Voru_kinnistusamet, lk 18
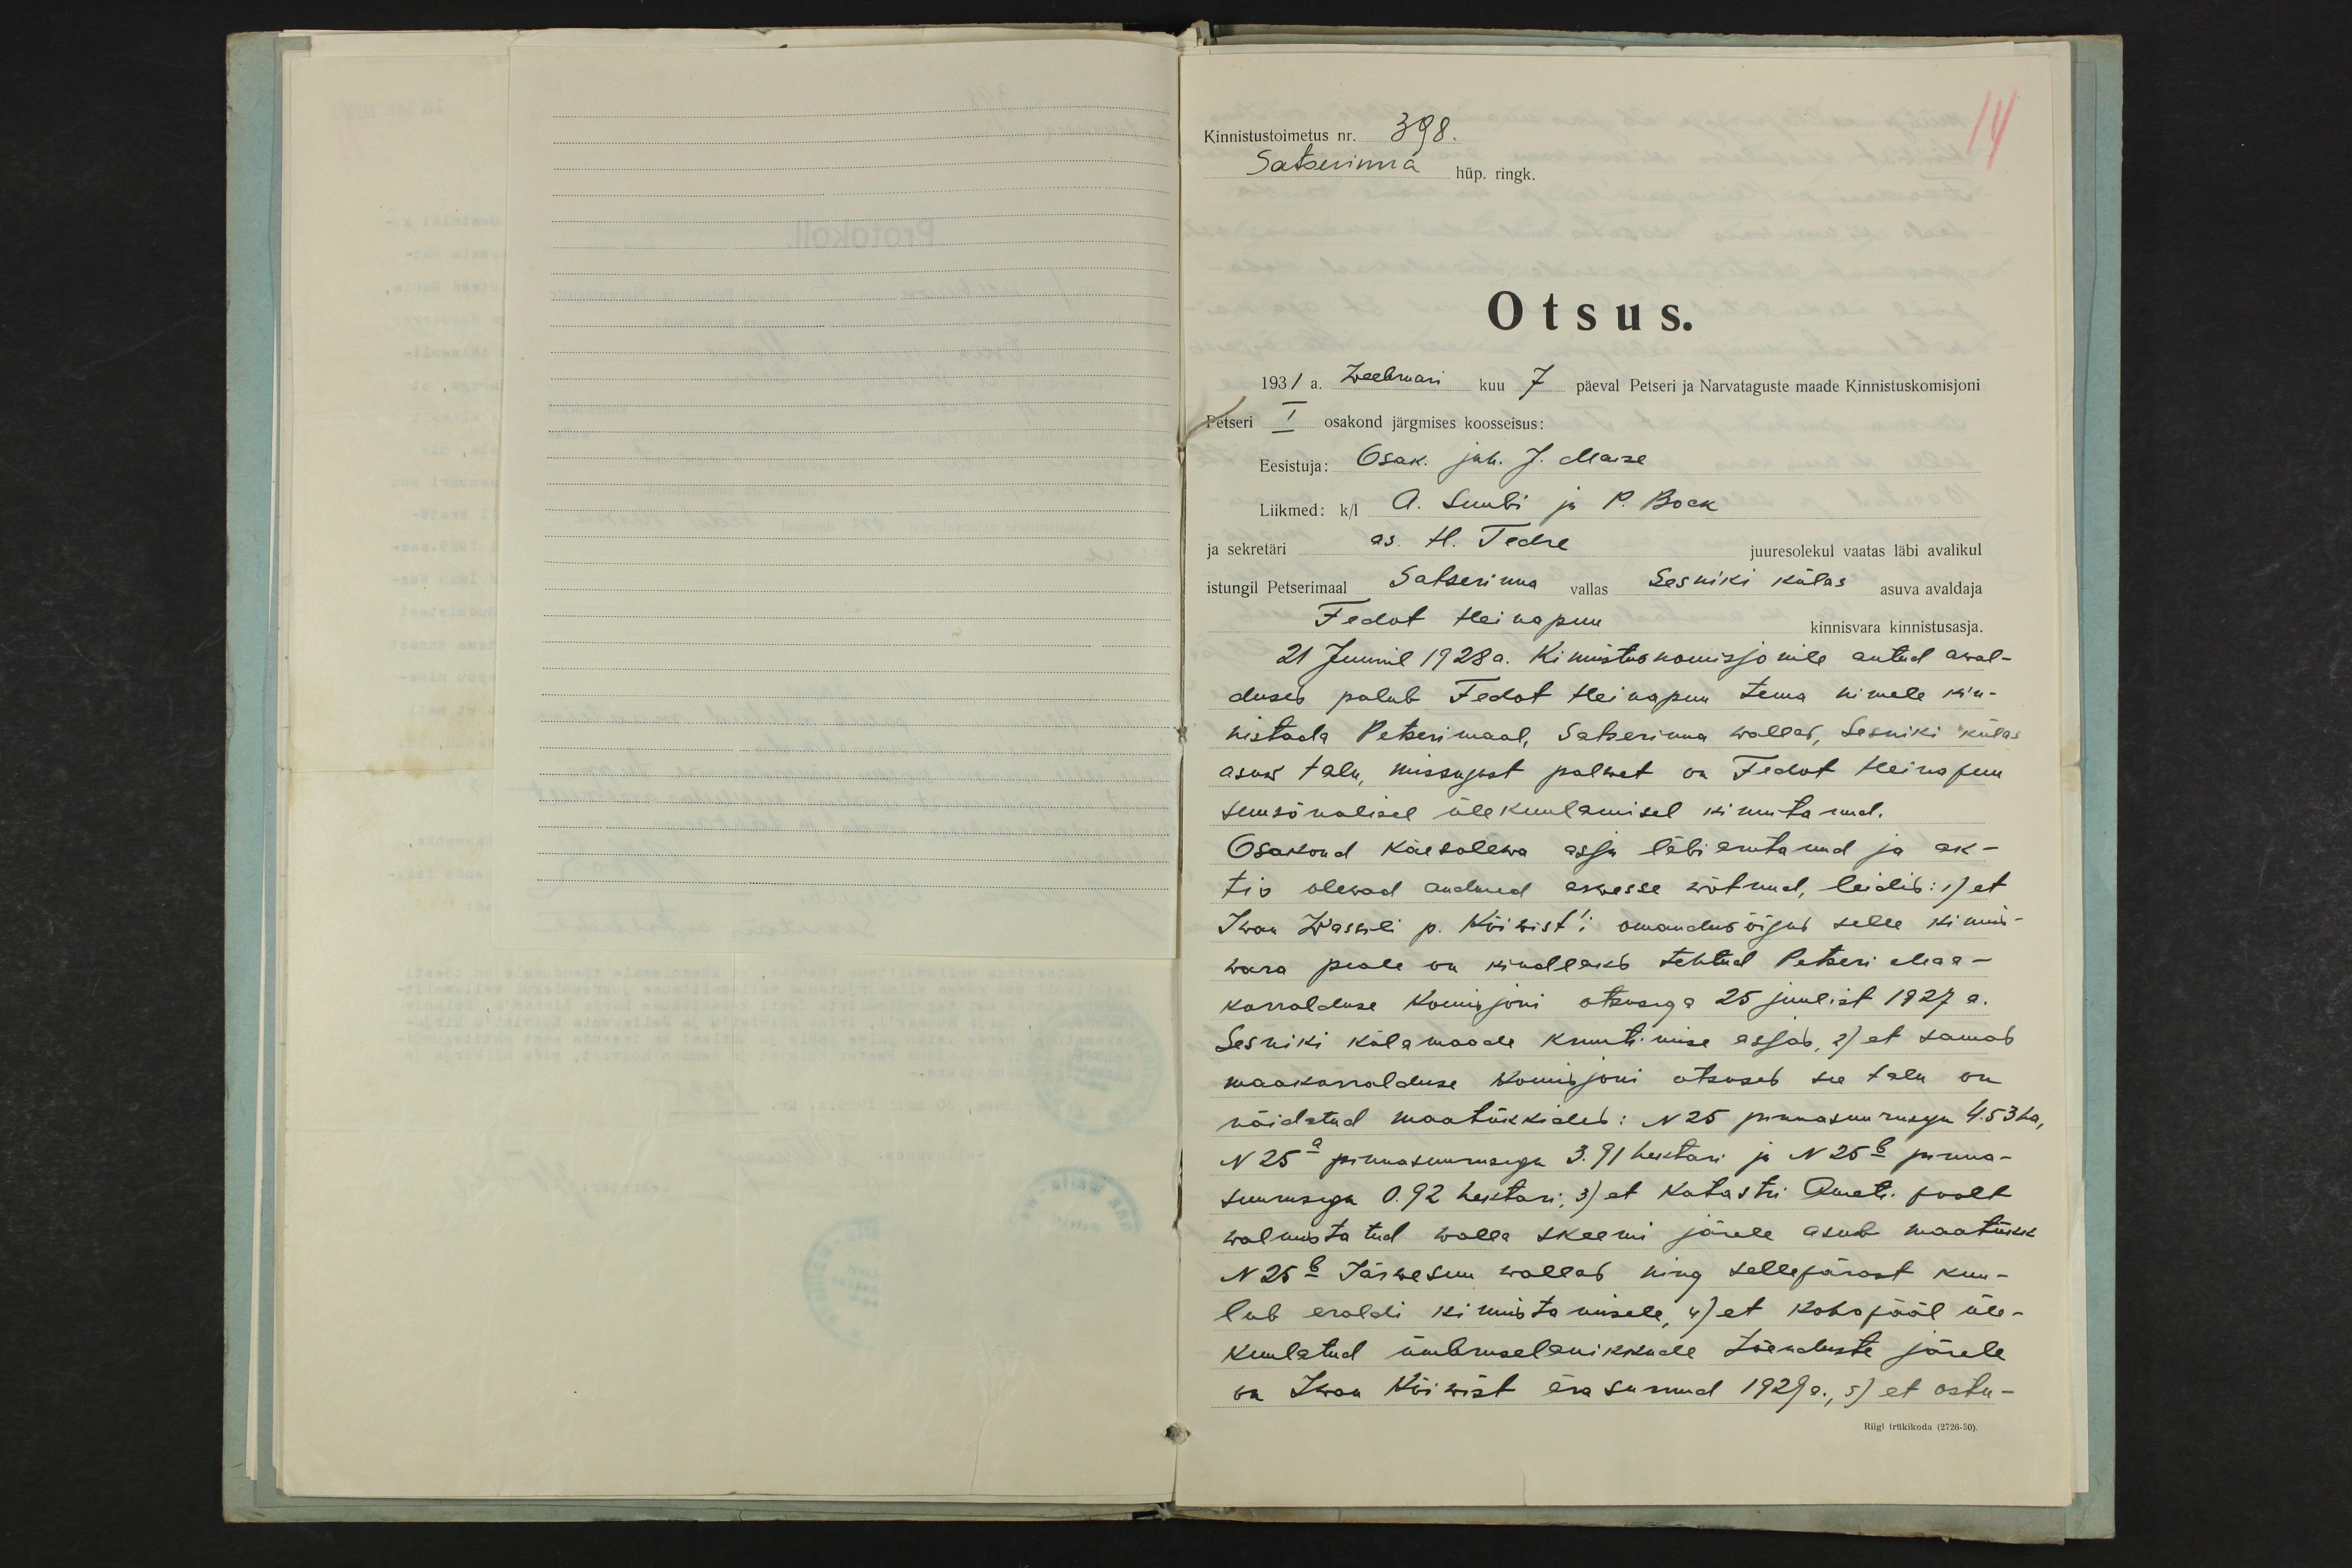
Kinnistustoimetus nr. 398.
14
Satserinna hüp. ringk.
Otsus.
1931 a. Weebruari kuu 7 päeval Petseri ja Narvataguste maade Kinnistuskomisjoni
Petseri I osakond järgmises koosseisus:
Eesistuja: Osak. juh. J. Maise
Liikmed: k/l A. Suubi ja P. Bock
ja sekretäri as. H. Tedre juuresolekul vaatas läbi avalikul
istungil Petserimaal Satserinna vallas Sesniki külas asuva avaldaja
Fedot Heinapuu
kinnisvara kinnistusasja
21 Juunil 1928 a. Kinnistus komisjonile antud awal-
duses palub Fedot Heinapuu tema nimele kin-
nistada Petserimaal, Satserinna wallas, Sesniki külas
asuw talu, missugust palwet on Fedot Heinapuu
suusõnalisel ülekuulamisel kinnitanud.
Osakond käesolewa asja läbi arutanud ja ak-
tis olewad andmed arwesse wõtnud, leidis: 1) et
Iwan Wassili p. Kiiwist`i omandus õigus selle kinnis-
wara peale on kindlaks tehtud Petseri Maa-
korralduse Komisjoni otsusega 25 juulist 1927 a.
Sesniki külamaade kruntimise asjas, 2) et samas
maakorralduse komisjoni otsuses see talu on
näidatud maatükkides: N 25 pinnasuurusega 4.53 ha,
N 25a pinnasuurusega 3.91 hektari ja N 25b pinna-
suurusega 0.92 hektari, 3) et Katastri Ameti poolt
walmistatud walla skeemi järele asub maatükk
N 25b Järwesuu wallas ning sellepärast kuu-
lub eraldi kinnistamisele, 4) et kohapääl üle-
kuulatud ümbruselanikkude tõenduste järele
on Iwan Kiiwist ära surnud 1929a., 5) et ostu-
Riigi trükikoda (2726-30).